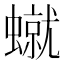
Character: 𧑙